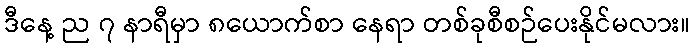
ဒီနေ့ ည ၇ နာရီမှာ ၈ယောက်စာ နေရာ တစ်ခုစီစဉ်ပေးနိုင်မလား။